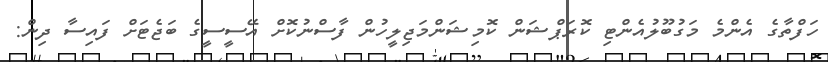
ހަފްތާގެ އެންމެ މަގުބޫލުއެންޓި ކޮރަޕްޝަން ކޮމިޝަންމަޖިލީހުން ފާސްނުކޮށް އޭސީސީގެ ބަޖެޓަށް ފައިސާ ދިން: